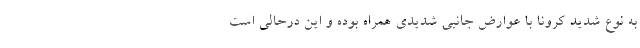
به نوع شدید کرونا با عوارض جانبی شدیدی همراه بوده و این درحالی است